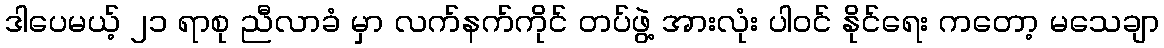
ဒါပေမယ့် ၂၁ ရာစု ညီလာခံ မှာ လက်နက်ကိုင် တပ်ဖွဲ့ အားလုံး ပါဝင် နိုင်ရေး ကတော့ မသေချာ